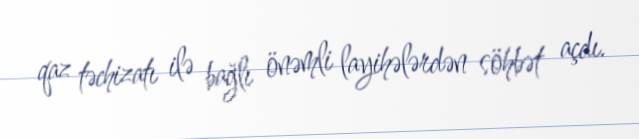
qaz təchizatı ilə bağlı önəmli layihələrdən söhbət açdı.